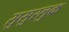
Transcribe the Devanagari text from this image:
सुसुरलुक